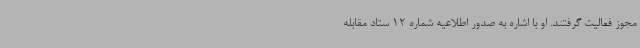
مجوز فعالیت گرفتند. او با اشاره به صدور اطلاعیه شماره 12 ستاد مقابله